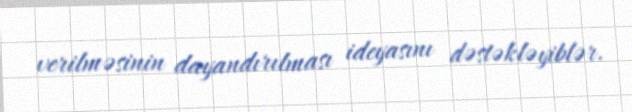
verilməsinin dayandırılması ideyasını dəstəkləyiblər.